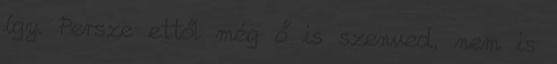
így. Persze ettől még ő is szenved, nem is